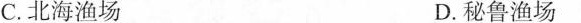
C.北海渔场 D.秘鲁渔场